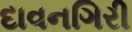
દાવનગિરી